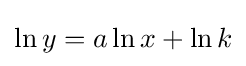
\ln y=a\ln x+\ln k